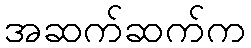
အဆက်ဆက်က